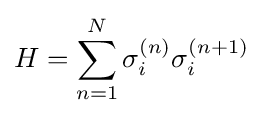
H=\sum _{n=1}^{N}\sigma _{i}^{(n)}\sigma _{i}^{(n+1)}